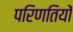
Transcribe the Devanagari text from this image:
परिणतियों